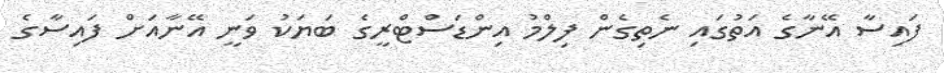
ފައިސާ އޭނާގެ އަތުގައި ނެތިގެން ފިލްމު އިންޑަސްޓްރީގެ ބަޔަކު ވަނީ އޭނާއަށް ފައިސާގެ